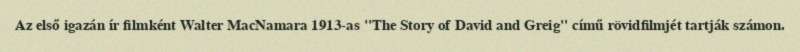
Az első igazán ír filmként Walter MacNamara 1913-as "The Story of David and Greig" című rövidfilmjét tartják számon.